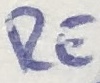
Text: RE